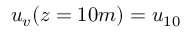
u _ { v } ( z = 1 0 m ) = u _ { 1 0 }